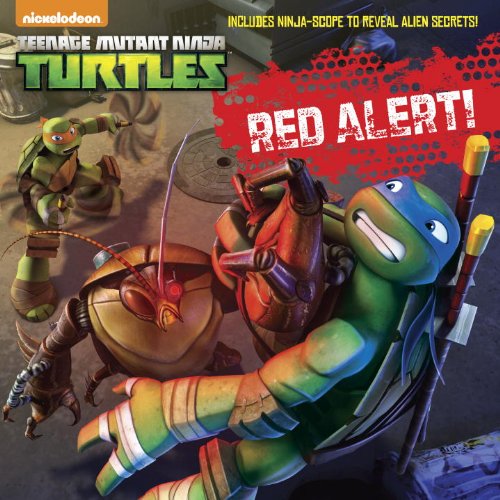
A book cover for Red Alert! (Teenage Mutant Ninja Turtles) (Pictureback(R)); Random House; Children's Books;